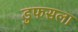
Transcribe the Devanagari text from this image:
डुफसला